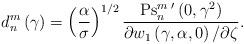
LaTeX: \begin{align*}d_{n}^{m}\left( \gamma\right) =\left( {\frac{\alpha}{\sigma}}\right)^{1/2}\frac{\operatorname{Ps}_{n}^{m}{}^{\prime}\left( {0,\gamma^{2}}\right)}{\partial w_{1}\left( {\gamma,\alpha,0}\right) /\partial\zeta}.\end{align*}